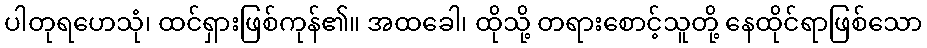
ပါတုရဟေသုံ၊ ထင်ရှားဖြစ်ကုန်၏။ အထခေါ၊ ထိုသို့ တရားစောင့်သူတို့ နေထိုင်ရာဖြစ်သော